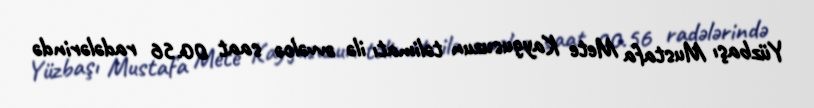
Yüzbaşı Mustafa Mete Kaygusuzun təlimatı ilə əvvəlcə saat 00.56 radələrində